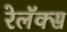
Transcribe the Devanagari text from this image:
रेलॅक्स